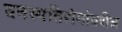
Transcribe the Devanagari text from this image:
वनस्पतिरोगांवरील